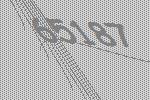
65187